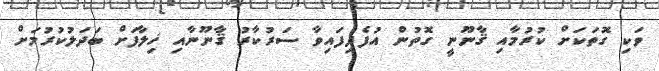
ވަކި ގޮތަކަށް ކުރުމާއި ޤާނޫނީ ގޮތުން އުފެދިފައިވާ ސަރުކާރު ޤާނޫނާއި ޚިލާފަށް ބަދަލުކުރުމަށް